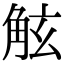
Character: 𧣙